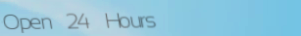
Open 24 Hours